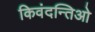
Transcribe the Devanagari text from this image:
किवंदन्तिओ